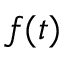
f ( t )